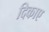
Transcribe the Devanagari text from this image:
दिकाए